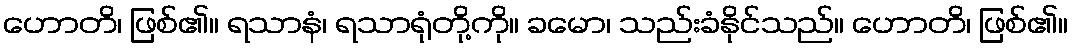
ဟောတိ၊ ဖြစ်၏။ ရသာနံ၊ ရသာရုံတို့ကို။ ခမော၊ သည်းခံနိုင်သည်။ ဟောတိ၊ ဖြစ်၏။